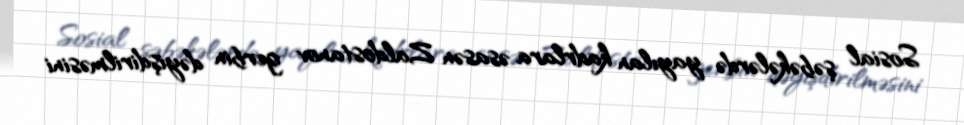
Sosial şəbəkələrdə yayılan kadrlara əsasən Zaldostanov gerbin dəyişdirilməsini